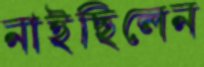
নাইছিলেন